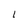
Character: l